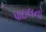
પાઇલનો